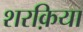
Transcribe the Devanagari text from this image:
शरक़िया